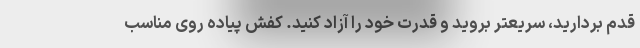
قدم بردارید، سریعتر بروید و قدرت خود را آزاد کنید. کفش پیاده روی مناسب